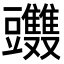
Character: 𧰤